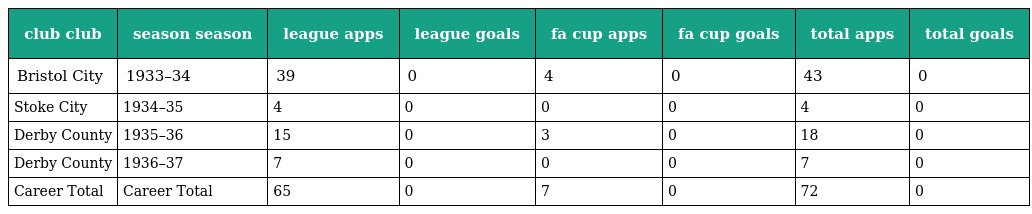
| club club | season season | league apps | league goals | fa cup apps | fa cup goals | total apps | total goals |
 | --- | --- | --- | --- | --- | --- | --- | --- |
 | Bristol City | 1933–34 | 39 | 0 | 4 | 0 | 43 | 0 |
 | Stoke City | 1934–35 | 4 | 0 | 0 | 0 | 4 | 0 |
 | Derby County | 1935–36 | 15 | 0 | 3 | 0 | 18 | 0 |
 | Derby County | 1936–37 | 7 | 0 | 0 | 0 | 7 | 0 |
 | Career Total | Career Total | 65 | 0 | 7 | 0 | 72 | 0 |